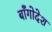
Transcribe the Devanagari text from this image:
बाँगोदेश